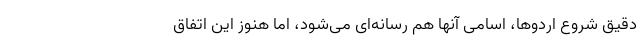
دقیق شروع اردوها، اسامی آنها هم رسانه‌ای می‌شود، اما هنوز این اتفاق